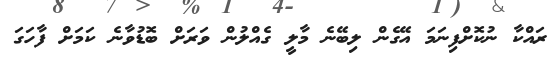
ރައްކާ ނުކޮށްފިނަމަ އޭގެން ލިބޭނެ މާލީ ގެއްލުން ވަރަށް ބޮޑުވާނެ ކަމަށް ފާހަގަ